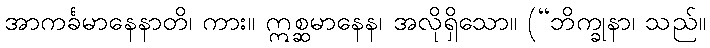
အာကင်္ခမာနေနာတိ၊ ကား။ ဣစ္ဆမာနေန၊ အလိုရှိသော။ (“ဘိက္ခုနာ၊ သည်။